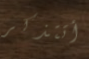
أتتذكر